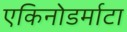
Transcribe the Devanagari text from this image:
एकिनोडर्माटा